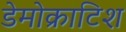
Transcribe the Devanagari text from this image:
डेमोक्राटिश